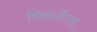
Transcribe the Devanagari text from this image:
चिरुतैगल